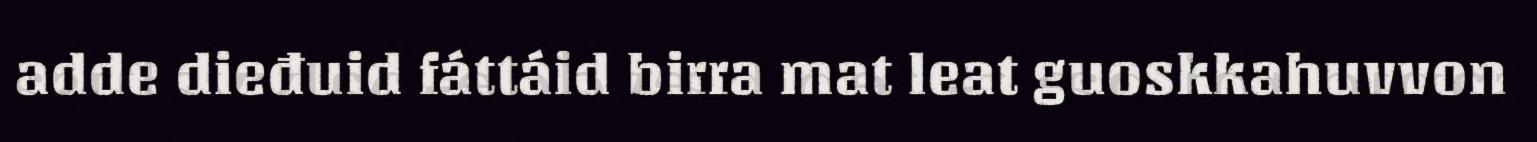
adde dieđuid fáttáid birra mat leat guoskkahuvvon